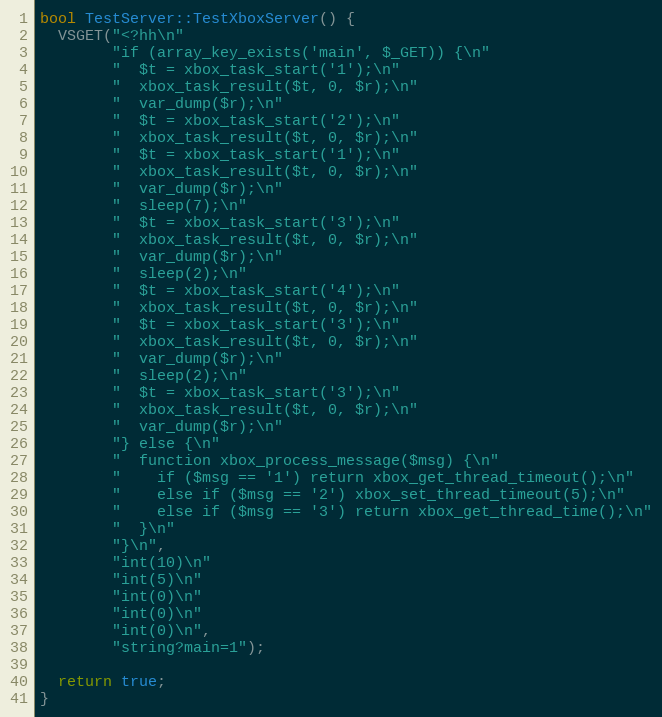
Language: C++
bool TestServer::TestXboxServer() {
  VSGET("<?hh\n"
        "if (array_key_exists('main', $_GET)) {\n"
        "  $t = xbox_task_start('1');\n"
        "  xbox_task_result($t, 0, $r);\n"
        "  var_dump($r);\n"
        "  $t = xbox_task_start('2');\n"
        "  xbox_task_result($t, 0, $r);\n"
        "  $t = xbox_task_start('1');\n"
        "  xbox_task_result($t, 0, $r);\n"
        "  var_dump($r);\n"
        "  sleep(7);\n"
        "  $t = xbox_task_start('3');\n"
        "  xbox_task_result($t, 0, $r);\n"
        "  var_dump($r);\n"
        "  sleep(2);\n"
        "  $t = xbox_task_start('4');\n"
        "  xbox_task_result($t, 0, $r);\n"
        "  $t = xbox_task_start('3');\n"
        "  xbox_task_result($t, 0, $r);\n"
        "  var_dump($r);\n"
        "  sleep(2);\n"
        "  $t = xbox_task_start('3');\n"
        "  xbox_task_result($t, 0, $r);\n"
        "  var_dump($r);\n"
        "} else {\n"
        "  function xbox_process_message($msg) {\n"
        "    if ($msg == '1') return xbox_get_thread_timeout();\n"
        "    else if ($msg == '2') xbox_set_thread_timeout(5);\n"
        "    else if ($msg == '3') return xbox_get_thread_time();\n"
        "  }\n"
        "}\n",
        "int(10)\n"
        "int(5)\n"
        "int(0)\n"
        "int(0)\n"
        "int(0)\n",
        "string?main=1");

  return true;
}